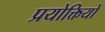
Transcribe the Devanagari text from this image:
प्रयोक्तियों